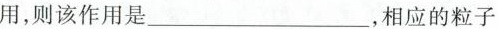
用，则该作用是____，相应的粒子